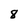
Character: 8